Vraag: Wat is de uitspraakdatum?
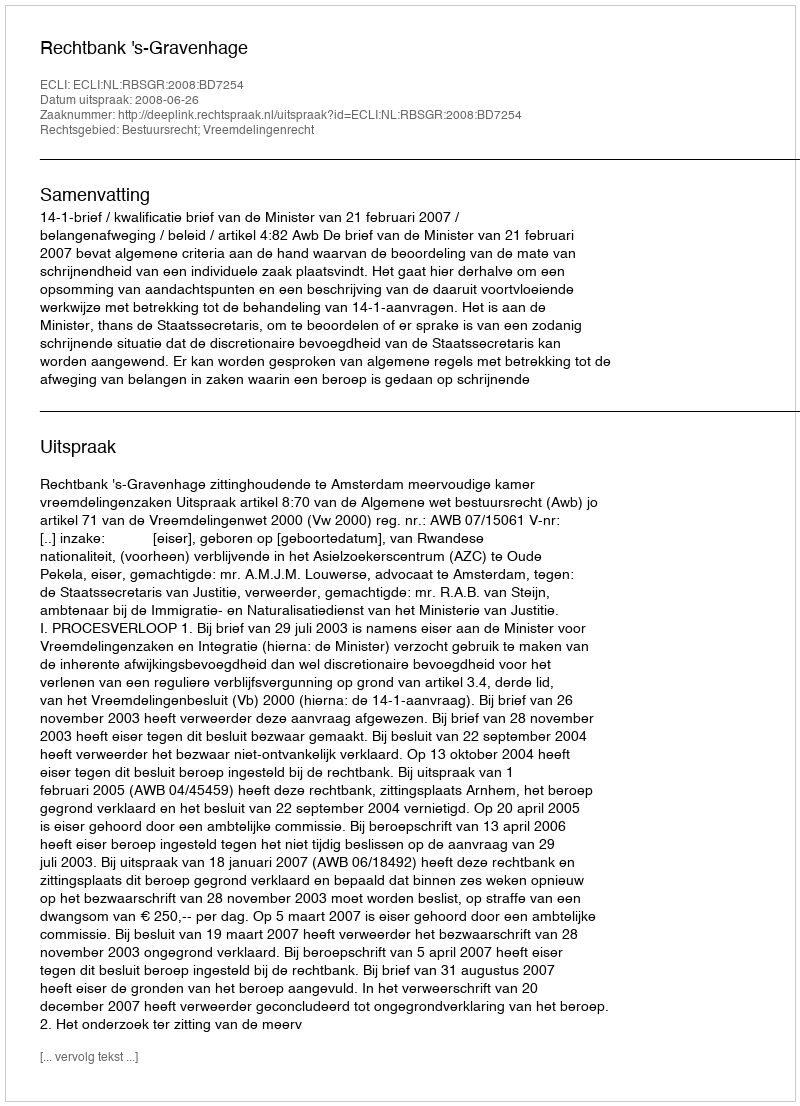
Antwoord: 2008-06-26